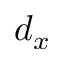
d _ { x }